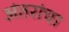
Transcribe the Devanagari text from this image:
अंतरांचा